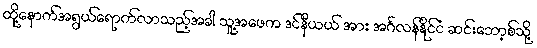
ထို့နောက်အရွယ်ရောက်လာသည့်အခါ သူ့အဖေက ဒင်နီယယ် အား အင်္ဂလန်နိုင်ငံ ဆင်းဘော့စ်သို့